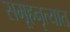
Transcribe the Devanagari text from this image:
समूहनृत्यात